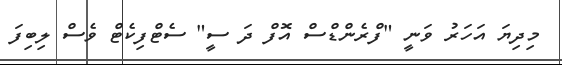
މިދިޔަ އަހަރު ވަނީ "ފްރެންޑްސް އޮފް ދަ ސީ" ސެޓްފިކެޓް ވެސް ލިބިފަ